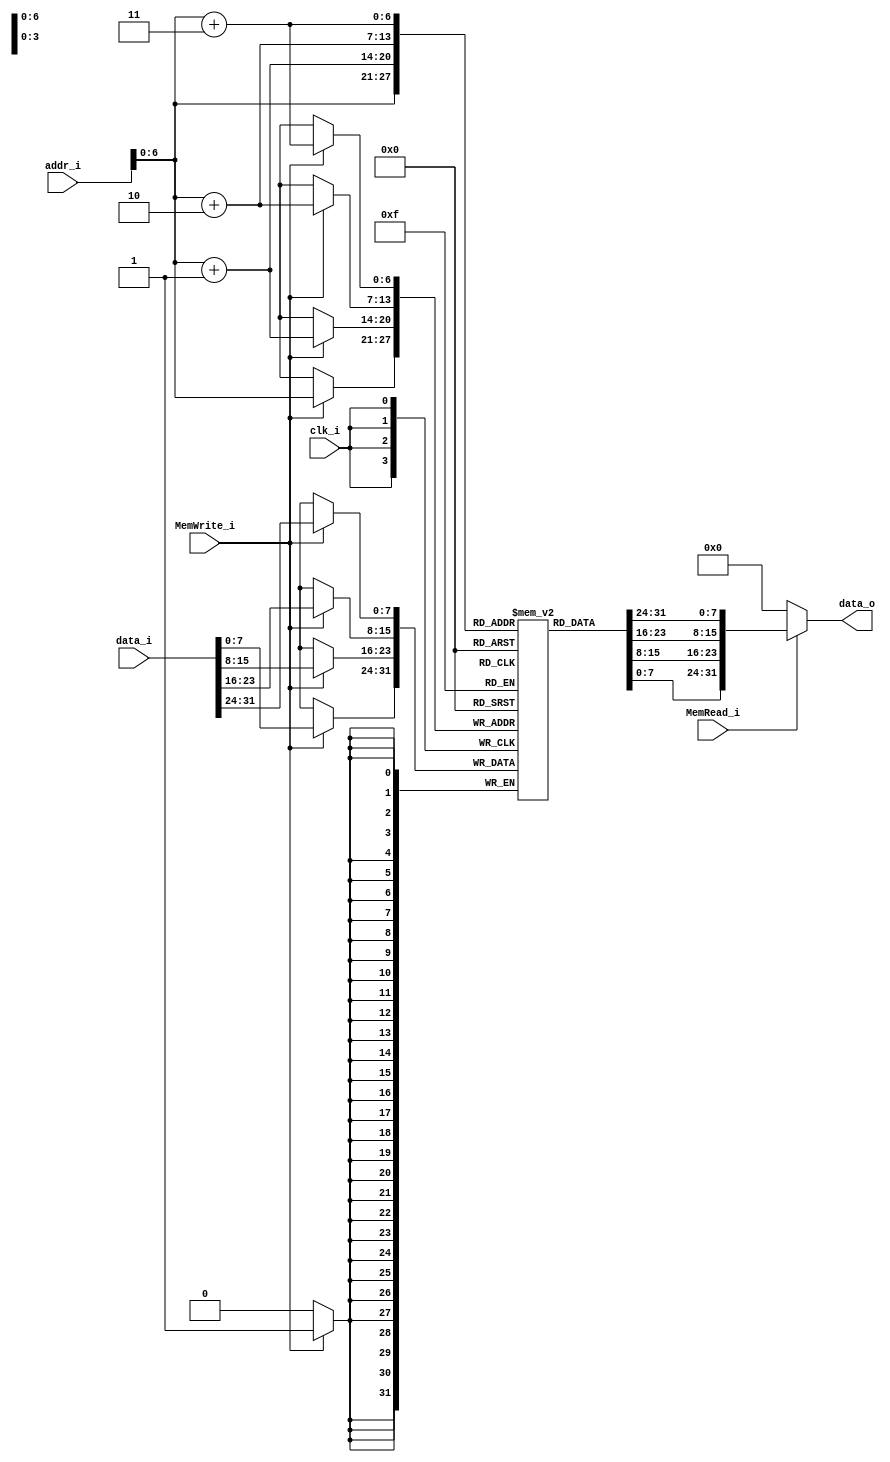
/***************************************************
Student Name: 
Student ID: 
***************************************************/

`timescale 1ns / 1ps

module Data_Memory(
	input 			   clk_i,
	input 		[31:0] addr_i,
	input 		[31:0] data_i,
	input 	           MemRead_i,
	input 			   MemWrite_i,
	output wire [31:0] data_o
);

reg		[7:0]	Mem [0:127];
integer			i;
wire	[31:0]	memory [0:31];

assign  memory[0] = {Mem[3], Mem[2], Mem[1], Mem[0]};
assign  memory[1] = {Mem[7], Mem[6], Mem[5], Mem[4]};
assign  memory[2] = {Mem[11], Mem[10], Mem[9], Mem[8]};
assign  memory[3] = {Mem[15], Mem[14], Mem[13], Mem[12]};
assign  memory[4] = {Mem[19], Mem[18], Mem[17], Mem[16]};
assign  memory[5] = {Mem[23], Mem[22], Mem[21], Mem[20]};
assign  memory[6] = {Mem[27], Mem[26], Mem[25], Mem[24]};
assign  memory[7] = {Mem[31], Mem[30], Mem[29], Mem[28]};
assign  memory[8] = {Mem[35], Mem[34], Mem[33], Mem[32]};
assign  memory[9] = {Mem[39], Mem[38], Mem[37], Mem[36]};
assign  memory[10] = {Mem[43], Mem[42], Mem[41], Mem[40]};
assign  memory[11] = {Mem[47], Mem[46], Mem[45], Mem[44]};
assign  memory[12] = {Mem[51], Mem[50], Mem[49], Mem[48]};
assign  memory[13] = {Mem[55], Mem[54], Mem[53], Mem[52]};
assign  memory[14] = {Mem[59], Mem[58], Mem[57], Mem[56]};
assign  memory[15] = {Mem[63], Mem[62], Mem[61], Mem[60]};
assign  memory[16] = {Mem[67], Mem[66], Mem[65], Mem[64]};
assign  memory[17] = {Mem[71], Mem[70], Mem[69], Mem[68]};
assign  memory[18] = {Mem[75], Mem[74], Mem[73], Mem[72]};
assign  memory[19] = {Mem[79], Mem[78], Mem[77], Mem[76]};
assign  memory[20] = {Mem[83], Mem[82], Mem[81], Mem[80]};
assign  memory[21] = {Mem[87], Mem[86], Mem[85], Mem[84]};
assign  memory[22] = {Mem[91], Mem[90], Mem[89], Mem[88]};
assign  memory[23] = {Mem[95], Mem[94], Mem[93], Mem[92]};
assign  memory[24] = {Mem[99], Mem[98], Mem[97], Mem[96]};
assign  memory[25] = {Mem[103], Mem[102], Mem[101], Mem[100]};
assign  memory[26] = {Mem[107], Mem[106], Mem[105], Mem[104]};
assign  memory[27] = {Mem[111], Mem[110], Mem[109], Mem[108]};
assign  memory[28] = {Mem[115], Mem[114], Mem[113], Mem[112]};
assign  memory[29] = {Mem[119], Mem[118], Mem[117], Mem[116]};
assign  memory[30] = {Mem[123], Mem[122], Mem[121], Mem[120]};
assign  memory[31] = {Mem[127], Mem[126], Mem[125], Mem[124]};

initial begin
	for(i=0; i<128; i=i+1)
		Mem[i] = 8'b0;
	Mem[16] = 2;
end 

always@(posedge clk_i) begin
    if(MemWrite_i) begin
		Mem[addr_i+3] <= data_i[31:24];
		Mem[addr_i+2] <= data_i[23:16];
		Mem[addr_i+1] <= data_i[15:8];
		Mem[addr_i]   <= data_i[7:0];
	end
end

assign data_o = (MemRead_i)?{Mem[addr_i+3], Mem[addr_i+2], Mem[addr_i+1], Mem[addr_i]}:32'd0;

endmodule